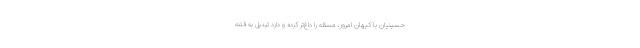
حسینیان با كیهان امروز، مسئله را داغ‌تر كرده و دارد تبدیل به فتنه